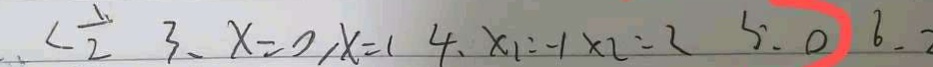
< \frac { 1 } { 2 } 3 、 x = 0 , x = ( 4 , x _ { 1 } = - 1 \times 2 = 2 5 . 0 6 . 2